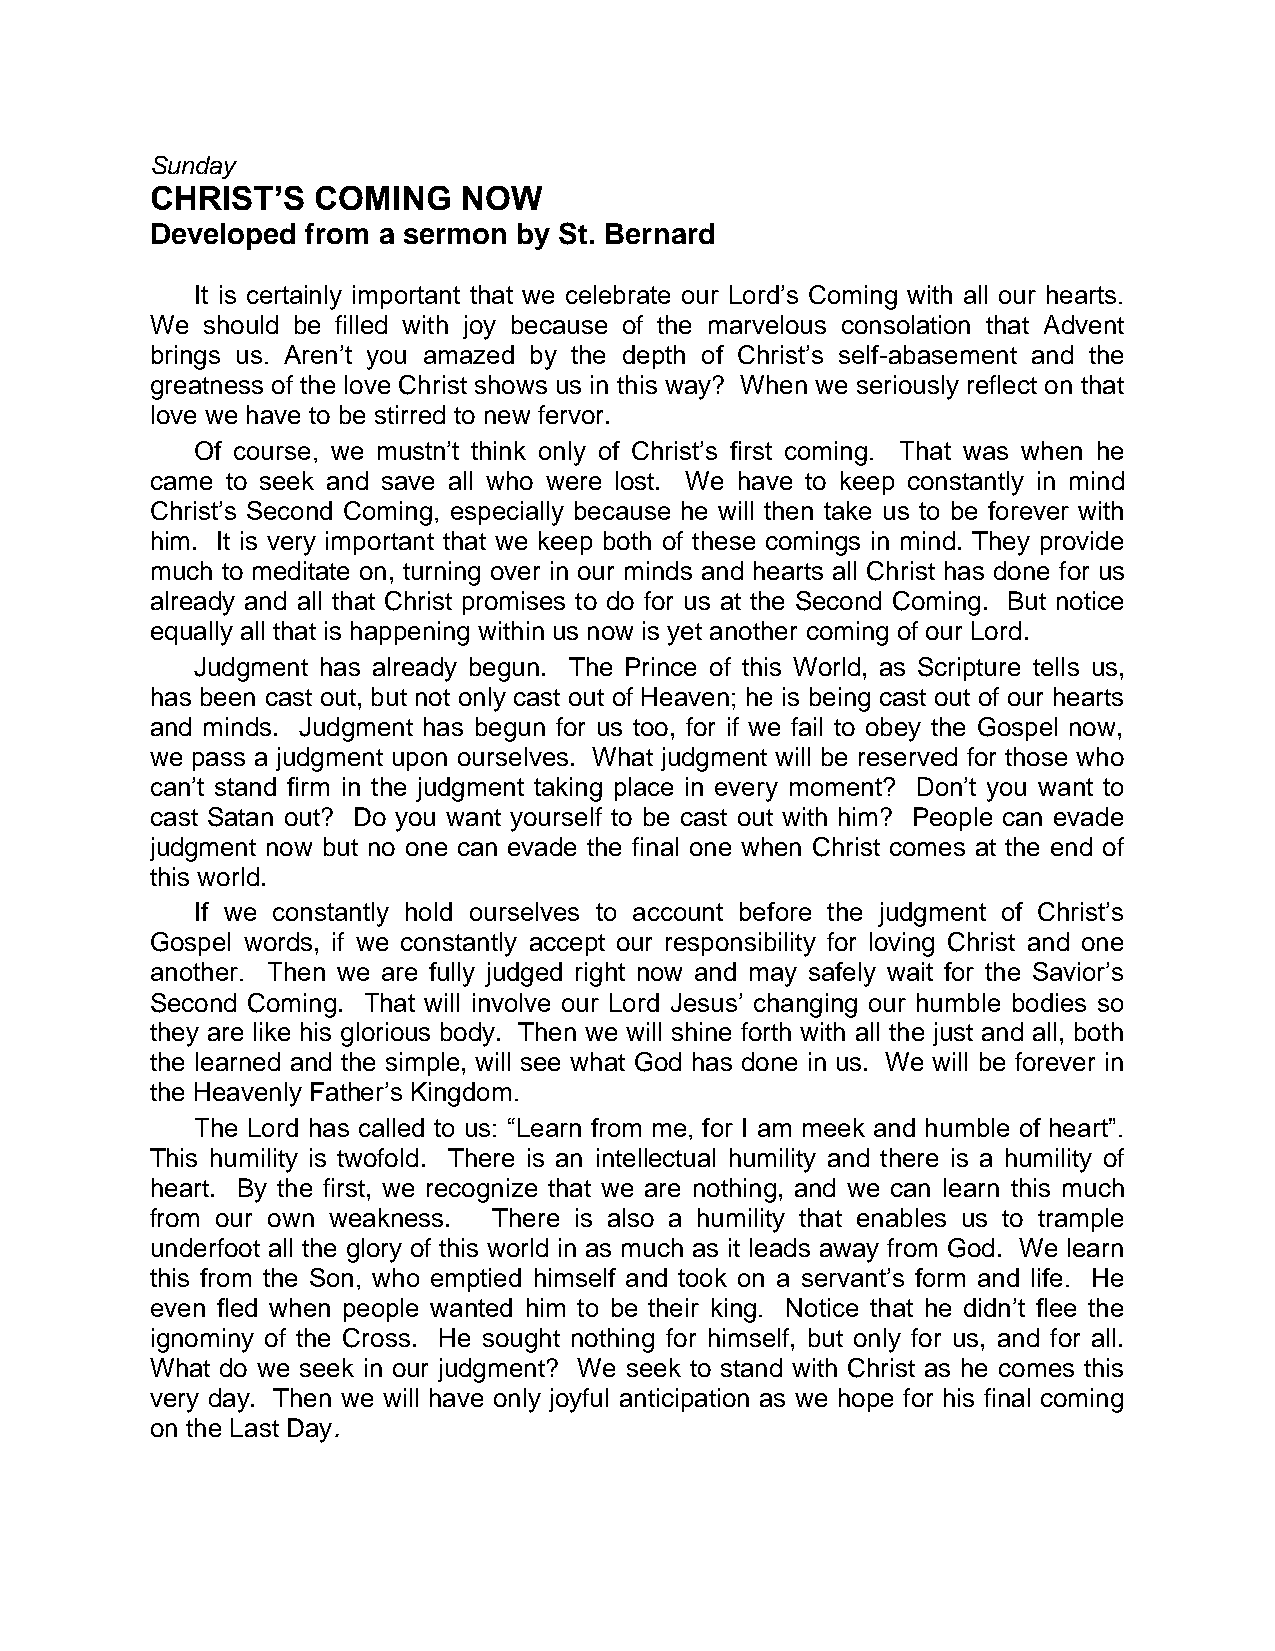
Sunday
 CHRIST’S   COMING    NOW
 Developed from a sermon by St. Bernard
 It is certainly important that we celebrate our Lord’s Coming with all our hearts.
 We should be filled with joy because of the marvelous consolation that Advent
 brings us. Aren’t you amazed by the depth of Christ’s self-abasement and the
 greatness of the love Christ shows us in this way? When we seriously reflect on that
 love we have to be stirred to new fervor.
 Of course, we mustn’t think only of Christ’s first coming. That was when he
 came to seek and save all who were lost. We have to keep constantly in mind
 Christ’s Second Coming, especially because he will then take us to be forever with
 him. It is very important that we keep both of these comings in mind. They provide
 much to meditate on, turning over in our minds and hearts all Christ has done for us
 already and all that Christ promises to do for us at the Second Coming. But notice
 equally all that is happening within us now is yet another coming of our Lord.
 Judgment has already begun. The Prince of this World, as Scripture tells us,
 has been cast out, but not only cast out of Heaven; he is being cast out of our hearts
 and minds. Judgment has begun for us too, for if we fail to obey the Gospel now,
 we pass a judgment upon ourselves. What judgment will be reserved for those who
 can’t stand firm in the judgment taking place in every moment? Don’t you want to
 cast Satan out? Do you want yourself to be cast out with him? People can evade
 judgment now but no one can evade the final one when Christ comes at the end of
 this world.
 If we constantly hold ourselves to account before the judgment of Christ’s
 Gospel words, if we constantly accept our responsibility for loving Christ and one
 another. Then we are fully judged right now and may safely wait for the Savior’s
 Second Coming. That will involve our Lord Jesus’ changing our humble bodies so
 they are like his glorious body. Then we will shine forth with all the just and all, both
 the learned and the simple, will see what God has done in us. We will be forever in
 the Heavenly Father’s Kingdom.
 The Lord has called to us: “Learn from me, for I am meek and humble of heart”.
 This humility is twofold. There is an intellectual humility and there is a humility of
 heart. By the first, we recognize that we are nothing, and we can learn this much
 from our own weakness. There is also a humility that enables us to trample
 underfoot all the glory of this world in as much as it leads away from God. We learn
 this from the Son, who emptied himself and took on a servant’s form and life. He
 even fled when people wanted him to be their king. Notice that he didn’t flee the
 ignominy of the Cross. He sought nothing for himself, but only for us, and for all.
 What do we seek in our judgment? We seek to stand with Christ as he comes this
 very day. Then we will have only joyful anticipation as we hope for his final coming
 on the Last Day.